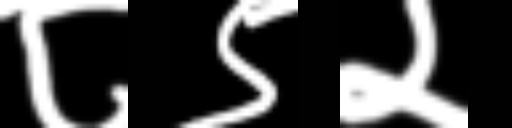
Text: ८९२